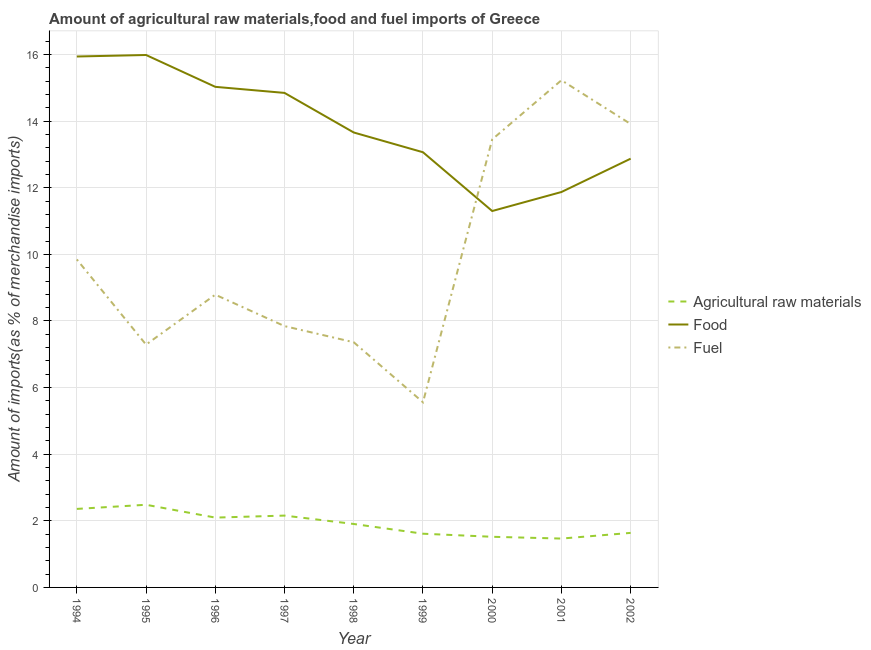
| Year | Agricultural raw materials | Food | Fuel |
 | --- | --- | --- | --- |
 | 1994 | 2.36 | 15.9 | 9.85 |
 | 1995 | 2.48 | 16 | 7.29 |
 | 1996 | 2.1 | 15 | 8.79 |
 | 1997 | 2.16 | 14.8 | 7.85 |
 | 1998 | 1.91 | 13.7 | 7.36 |
 | 1999 | 1.61 | 13.1 | 5.56 |
 | 2000 | 1.52 | 11.3 | 13.5 |
 | 2001 | 1.47 | 11.9 | 15.2 |
 | 2002 | 1.64 | 12.9 | 13.9 |